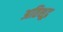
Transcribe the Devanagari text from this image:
अतिशूद्र